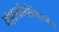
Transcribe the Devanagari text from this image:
वाइडस्क्रीनसिनेमास्कोप